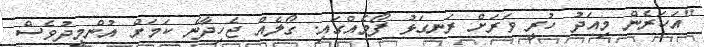
"އަހަރެން މިއަދު ހުރީ ވަރަށް ރަނގަޅު ފޯމެއްގައި. ގޯލެއް ޖެހިދާނެ ކަމަށް އުންމީދުވެސް